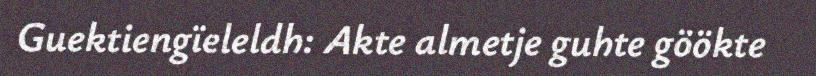
Guektiengïeleldh: Akte almetje guhte göökte